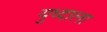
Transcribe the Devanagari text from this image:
युध्दाला